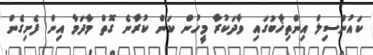
ކައުންސިލް އިންތިޚާބުގައި ވާދަކުރާ މީހުން ކަން ކުރާނެ ގޮތް މާދަމާ އިން ފެށިގެން